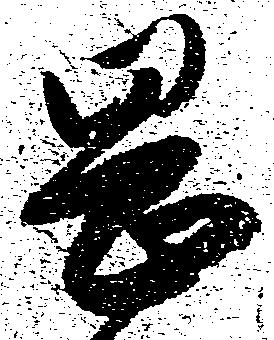
岡